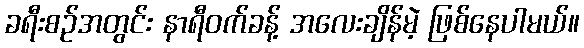
ခရီးစဉ်အတွင်း နာရီဝက်ခန့် အလေးချိန်မဲ့ ဖြစ်နေပါမယ်။